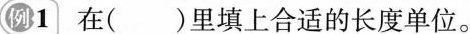
例1 在()里填上合适的长度单位。